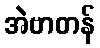
အဲဗာတန်